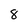
Character: 8